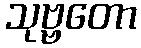
သုဗ္ဗတော